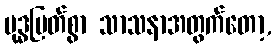
ဗုဒ္ဓမြတ်စွာ သာသနာအတွက်တော့,